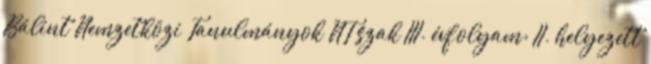
Bálint Nemzetközi Tanulmányok NT szak III. évfolyam; II. helyezett